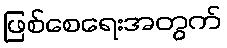
ဖြစ်စေရေးအတွက်